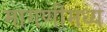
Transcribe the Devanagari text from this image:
मागणीमध्ये